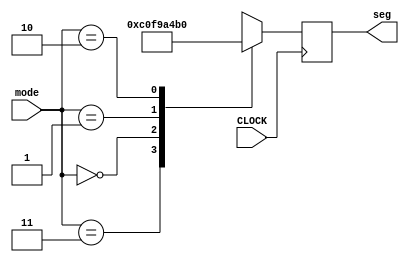
`timescale 1ns / 1ps
//////////////////////////////////////////////////////////////////////////////////
// Company: 
// Engineer: 
// 
// Design Name: 
// Module Name: LED_7seg
// Project Name: 
// Target Devices: 
// Tool Versions: 
// Description: 
// 
// Dependencies: 
// 
// Revision:
// Revision 0.01 - File Created
// Additional Comments:
// 
//////////////////////////////////////////////////////////////////////////////////


module LED_7seg(
    input CLOCK,
    input [1:0] mode,
    output reg [7:0] seg
    );
    
    always @ (posedge CLOCK) begin
        case(mode)
          //dp, 
          2'b11 : seg = 8'b11000000; //0 for OFF 
          2'b00 : seg = 8'b11111001; //1 for sqr
          2'b01 : seg = 8'b10100100; //2 for tri
          2'b10 : seg = 8'b10110000; //3 for sine
        endcase
    end
    
     /*
    assign an[3] = 1;
    assign an[2] = 1;
    assign an[1] = 1;
    assign an[0] = 0;
    */
    
endmodule